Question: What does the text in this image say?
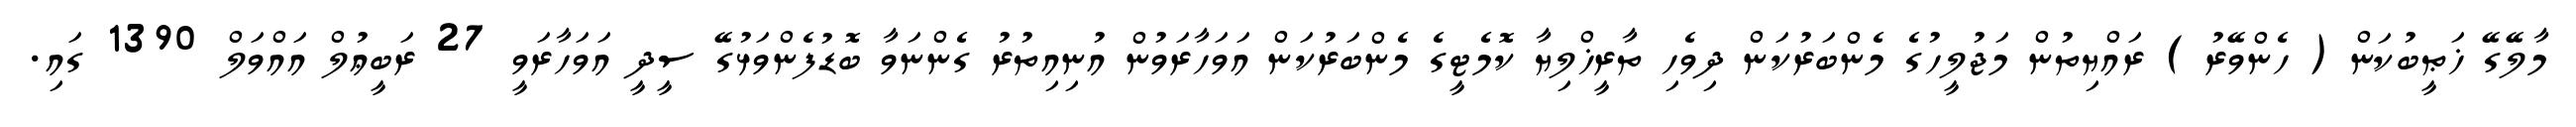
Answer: މާލޭގޭ ޚަޠީބުކަން ( ހެންވޭރު ) ރައްޔިތުން މަޖުލީހުގެ މެންބަރުކަން ދިވެހި ތާރީޚްލިޔާ ކޮމެޓީގެ މެންބަރުކަން އަވަހާރަވުން އުނިއިތުރު ގެންނަވާ ބޮޑުފެންވަޅުގޭ ސީދީ އަވަހާރަވީ 27 ރަބީޢުލް އައްވަލް 1390 ގައި.